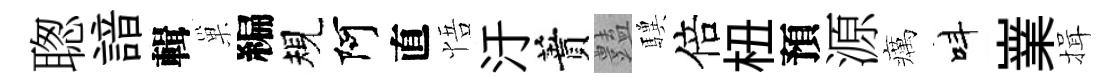
聦諳輯巢編規阿直悟汙蕡𧰟驥倍杻預源癘呌嶪揖